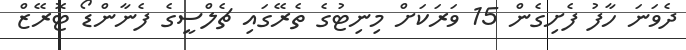
ދެވަނަ ހާފު ފެށިގެން 15 ވަރަކަށް މިނިޓުގެ ތެރޭގައި ޗެލްސީގެ ފެނާންޑޯ ޓޮރޭޒް